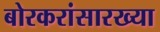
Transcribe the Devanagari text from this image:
बोरकरांसारख्या